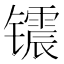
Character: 𮸣